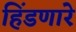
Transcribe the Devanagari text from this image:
हिंडणारे